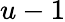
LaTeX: u-1